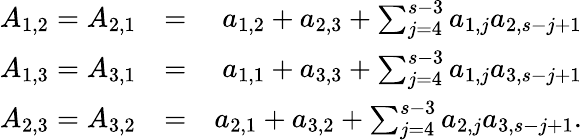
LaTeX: \begin{array}{rlr}{A_{1,2}=A_{2,1}}&{=}&{a_{1,2}+a_{2,3}+\sum_{j=4}^{s-3}a_{1,j}a_{2,s-j+1}}\\ {A_{1,3}=A_{3,1}}&{=}&{a_{1,1}+a_{3,3}+\sum_{j=4}^{s-3}a_{1,j}a_{3,s-j+1}}\\ {A_{2,3}=A_{3,2}}&{=}&{a_{2,1}+a_{3,2}+\sum_{j=4}^{s-3}a_{2,j}a_{3,s-j+1}.}\end{array}